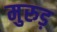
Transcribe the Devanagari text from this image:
मुरुड़